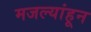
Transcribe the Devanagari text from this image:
मजल्यांहून